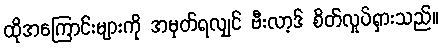
ထိုအကြောင်းများကို အမှတ်ရလျှင် ဗီးလာ့ဒ် စိတ်လှုပ်ရှားသည်။